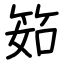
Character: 筎